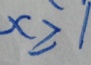
x \geqslant 1